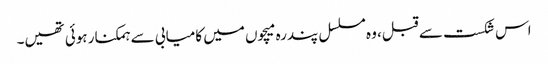
اس شکست سے قبل، وہ مسلسل پندرہ میچوں میں کامیابی سے ہمکنار ہوئی تھیں۔